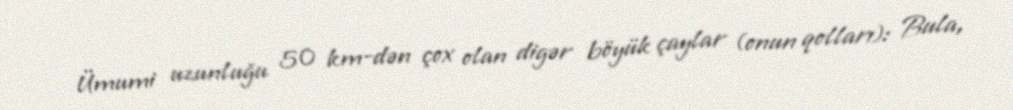
Ümumi uzunluğu 50 km-dən çox olan digər böyük çaylar (onun qolları): Bula,